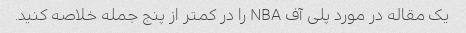
یک مقاله در مورد پلی آف NBA را در کمتر از پنج جمله خلاصه کنید.